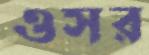
ওসর